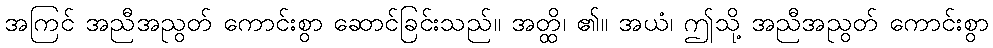
အကြင် အညီအညွတ် ကောင်းစွာ ဆောင်ခြင်းသည်။ အတ္ထိ၊ ၏။ အယံ၊ ဤသို့ အညီအညွတ် ကောင်းစွာ